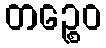
တဉ္စေဝ